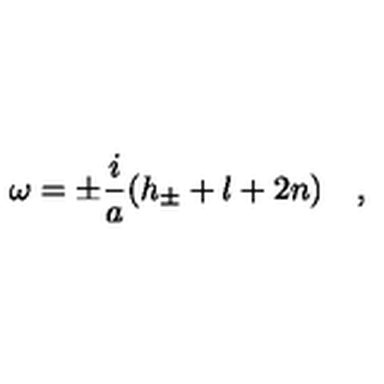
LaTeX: \omega = \pm \frac { i } { a } ( h _ { \pm } + l + 2 n ) \quad ,